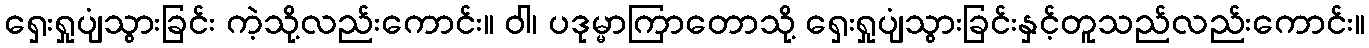
ရှေးရှုပျံသွားခြင်း ကဲ့သို့လည်းကောင်း။ ဝါ၊ ပဒုမ္မာကြာတောသို့ ရှေးရှုပျံသွားခြင်းနှင့်တူသည်လည်းကောင်း။